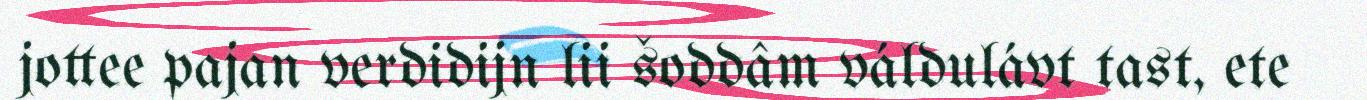
jottee pajan verdidijn lii šoddâm váldulávt tast, ete